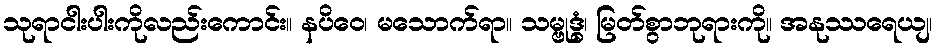
သုရာငါးပါးကိုလည်းကောင်း။ နပိဝေ၊ မသောက်ရာ။ သမ္ဗုဒ္ဓံ၊ မြတ်စွာဘုရားကို။ အနုဿရေယျ၊